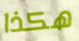
هكذا